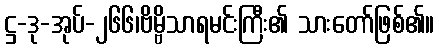
ဋ္ဌ-ဒု-အုပ်-၂၆၆၊ဗိမ္ဗိသာရမင်းကြီး၏ သားတော်ဖြစ်၏။